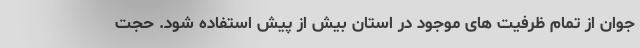
جوان از تمام ظرفیت های موجود در استان بیش از پیش استفاده شود. حجت